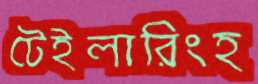
টেইলারিংহ